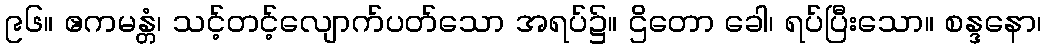
၉၆။ ဧကမန္တံ၊ သင့်တင့်လျောက်ပတ်သော အရပ်၌။ ဌိတော ခေါ၊ ရပ်ပြီးသော။ စန္ဒနော၊